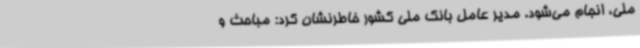
ملی، انجام می‌شود. مدیر عامل بانک ملی کشور خاطرنشان کرد: مباحث و